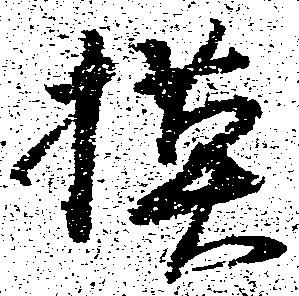
模